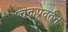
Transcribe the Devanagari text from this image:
चक्रप्रवर्तन